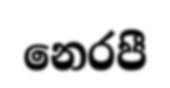
නෙරපී